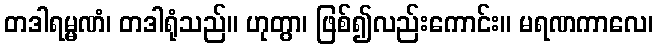
တဒါရမ္မဏံ၊ တဒါရုံသည်။ ဟုတွာ၊ ဖြစ်၍လည်းကောင်း။ မရဏကာလေ၊